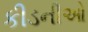
કીડનીઓ